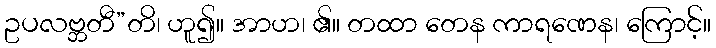
ဥပလဗ္ဘတီ”တိ၊ ဟူ၍။ အာဟ၊ ၏။ တထာ တေန ကာရဏေန၊ ကြောင့်။